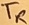
Text: TR